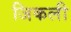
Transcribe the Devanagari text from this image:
जिकली